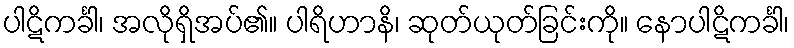
ပါဋိကင်္ခါ၊ အလိုရှိအပ်၏။ ပါရိဟာနိ၊ ဆုတ်ယုတ်ခြင်းကို။ နောပါဋိကင်္ခါ၊